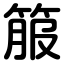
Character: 箙